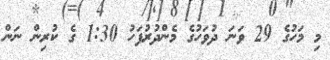
މި މަހުގެ 29 ވަނަ ދުވަހުގެ މެންދުރުފަހު 1:30 ގެ ކުރިން ނަން